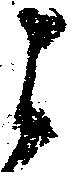
之